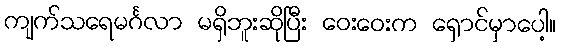
ကျက်သရေမင်္ဂလာ မရှိဘူးဆိုပြီး ဝေးဝေးက ရှောင်မှာပေါ့။